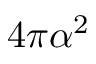
4 \pi \alpha ^ { 2 }